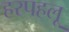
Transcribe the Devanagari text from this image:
हरपहलू